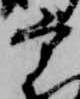
宰